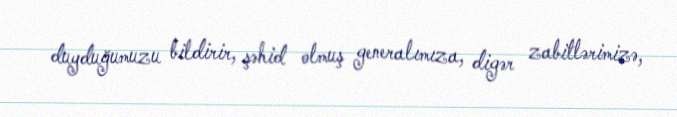
duyduğumuzu bildirir, şəhid olmuş generalımıza, digər zabitlərimizə,